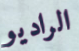
الراديو